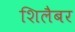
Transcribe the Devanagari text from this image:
शिलैबर